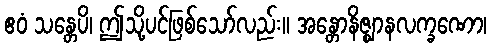
ဧဝံ သန္တေပိ၊ ဤသို့ပင်ဖြစ်သော်လည်း။ အန္တောနိဇ္ဈာနလက္ခဏော၊